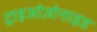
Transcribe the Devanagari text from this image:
ट्राइओज़ोनाइड